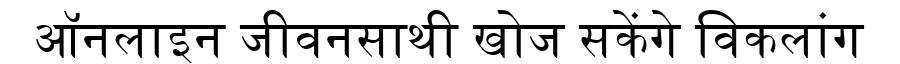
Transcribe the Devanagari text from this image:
ऑनलाइन जीवनसाथी खोज सकेंगे विकलांग